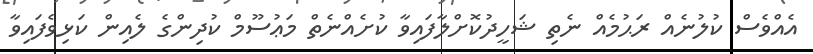
އެއްވެސް ކުލުނެއް ރަޙުމެއް ނެތި ޝަހީދުކޮށްލާފައިވާ ކުށެއްނެތް މަޢުސޫމް ކުދިންގެ ލެއިން ކަޅިވެފައިވާ